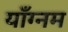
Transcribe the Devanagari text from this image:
याँग्नम